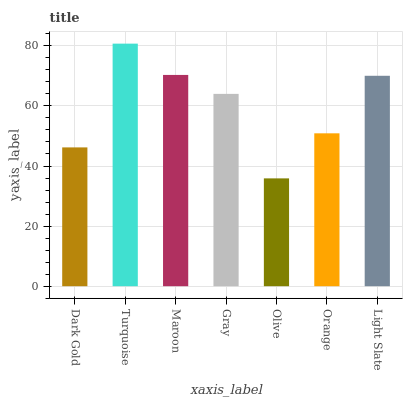
| xaxis_label | bars |
 | --- | --- |
 | Dark Gold | 46.2 |
 | Turquoise | 80.7 |
 | Maroon | 70.3 |
 | Gray | 64 |
 | Olive | 35.9 |
 | Orange | 50.9 |
 | Light Slate | 70 |